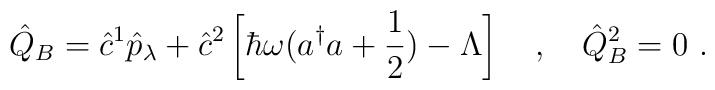
\hat{Q}_B=\hat{c}^1\hat{p}_\lambda+\hat{c}^2\left[\hbar\omega(a^\dagger a+\frac{1}{2})-\Lambda\right]\ \ \ ,\ \ \ \hat{Q}^2_B=0\ .